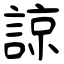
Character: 諒